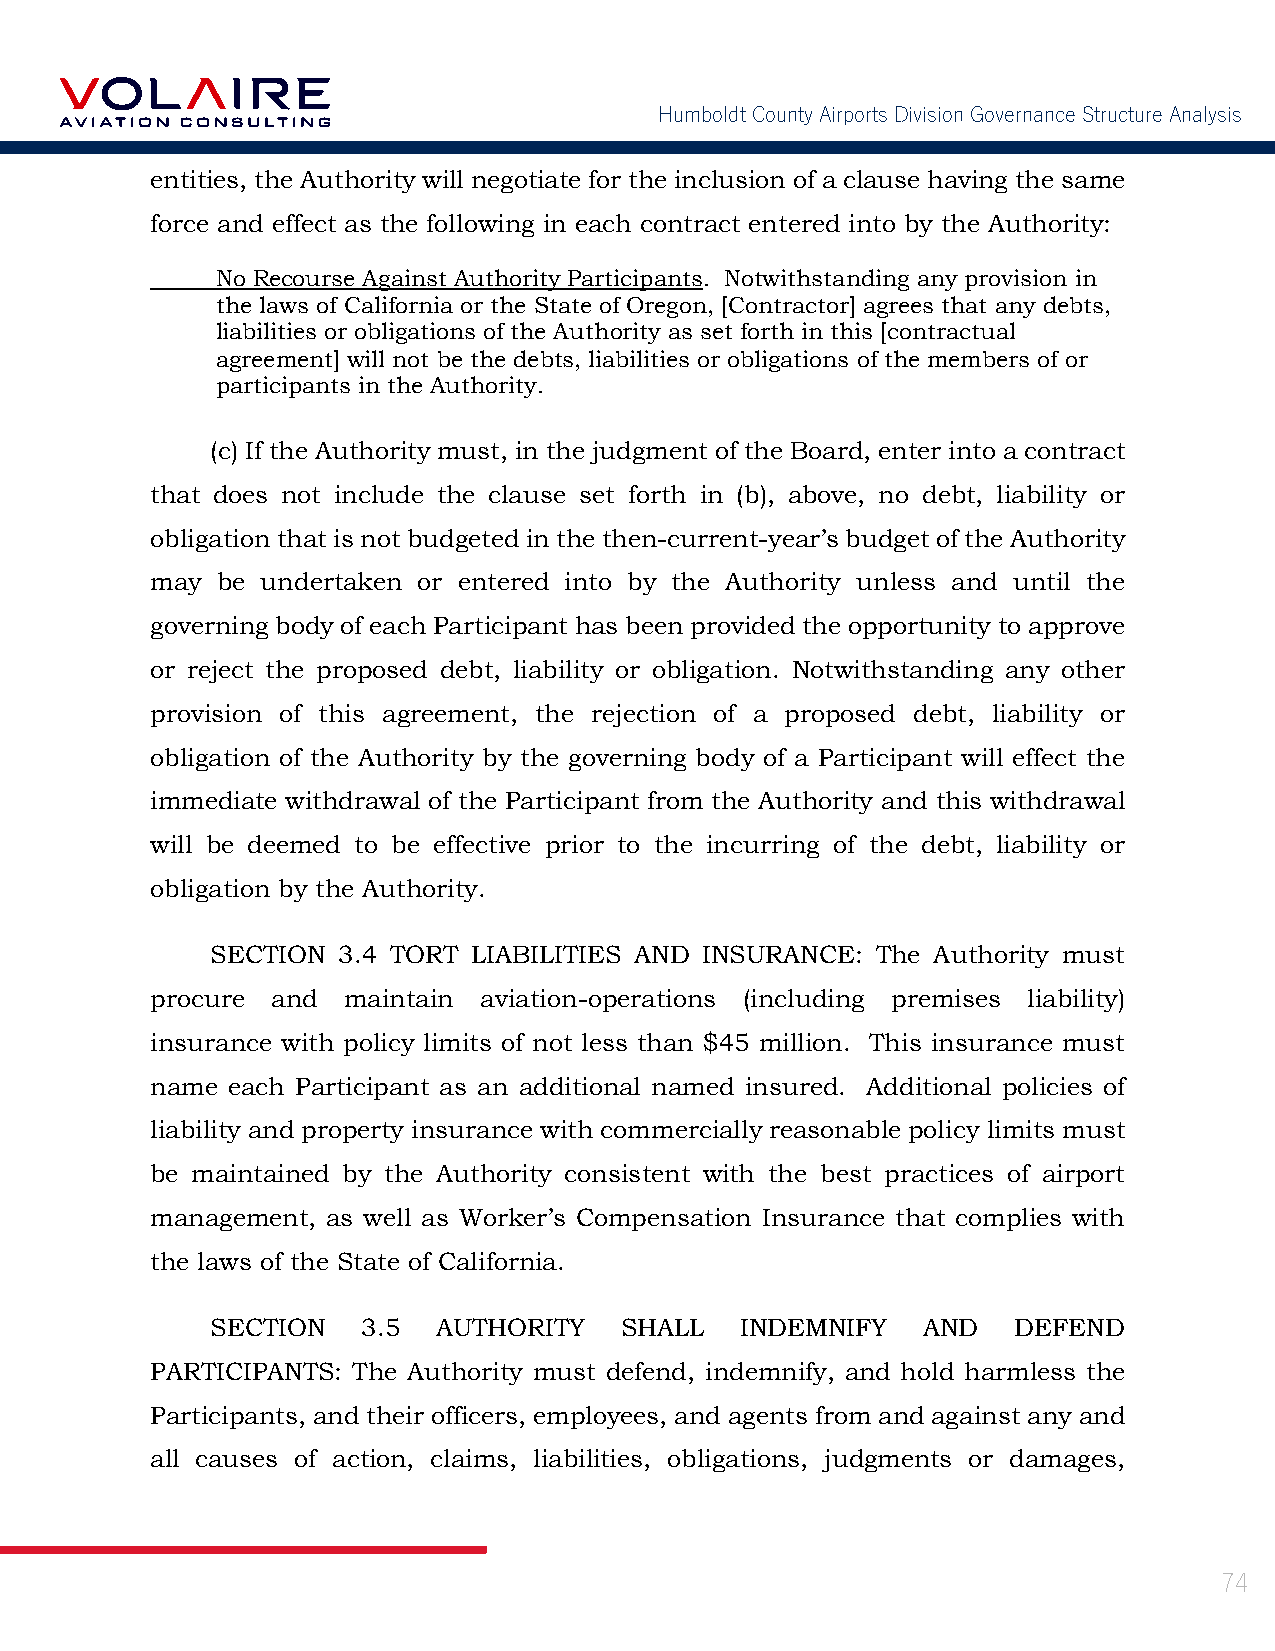
Humboldt County Airports Division Governance Structure Analysis
 entities, the Authority will negotiate for the inclusion of a clause having the same
 force and effect as the following in each contract entered into by the Authority:
 No Recourse Against Authority Participants. Notwithstanding any provision in
 the laws of California or the State of Oregon, [Contractor] agrees that any debts,
 liabilities or obligations of the Authority as set forth in this [contractual
 agreement] will not be the debts, liabilities or obligations of the members of or
 participants in the Authority.
 (c) If the Authority must, in the judgment of the Board, enter into a contract
 that does not include the clause set forth in (b), above, no debt, liability or
 obligation that is not budgeted in the then-current-year’s budget of the Authority
 may be undertaken or entered into by the Authority unless and until the
 governing body of each Participant has been provided the opportunity to approve
 or reject the proposed debt, liability or obligation. Notwithstanding any other
 provision of this agreement, the rejection of a proposed debt, liability or
 obligation of the Authority by the governing body of a Participant will effect the
 immediate withdrawal of the Participant from the Authority and this withdrawal
 will be deemed to be effective prior to the incurring of the debt, liability or
 obligation by the Authority.
 SECTION 3.4 TORT LIABILITIES AND INSURANCE: The Authority must
 procure and  maintain aviation-operations (including premises liability)
 insurance with policy limits of not less than $45 million. This insurance must
 name each Participant as an additional named insured. Additional policies of
 liability and property insurance with commercially reasonable policy limits must
 be maintained by the Authority consistent with the best practices of airport
 management, as well as Worker’s Compensation Insurance that complies with
 the laws of the State of California.
 SECTION   3.5  AUTHORITY   SHALL   INDEMNIFY   AND   DEFEND
 PARTICIPANTS: The Authority must defend, indemnify, and hold harmless the
 Participants, and their officers, employees, and agents from and against any and
 all causes of action, claims, liabilities, obligations, judgments or damages,
 74